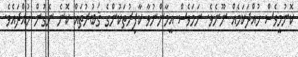
ކޮނުމީވެސް ހުއްދަކަމެއް ނޫނެވެ. ނަމަވެސް އީމާންނުވާ ކާފިރުތަކުންގެ ޤަބުރުތައް ކޮނެ ނެގުން ހުއްދައެވެ.